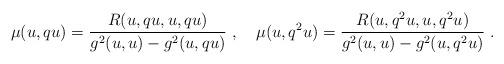
\begin{align*} \mu(u,qu)=\frac{R(u, qu, u, qu)}{g^{2}(u, u)-g^{2}(u, qu)}\ ,\quad\mu(u,q^{2}u)=\frac{R(u, q^{2}u, u, q^{2}u)}{g^{2}(u, u)-g^{2}(u, q^{2}u)}\ .\end{align*}